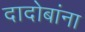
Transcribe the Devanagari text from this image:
दादोबांना